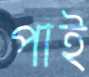
পাই